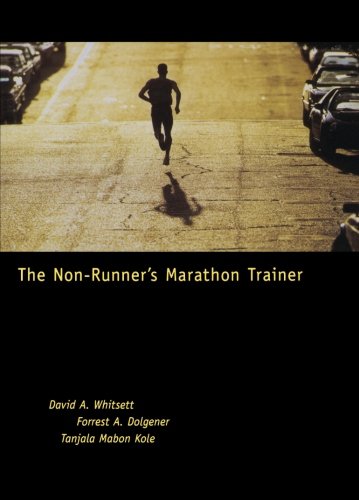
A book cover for The Non-Runner's Marathon Trainer; David Whitsett; Health, Fitness & Dieting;